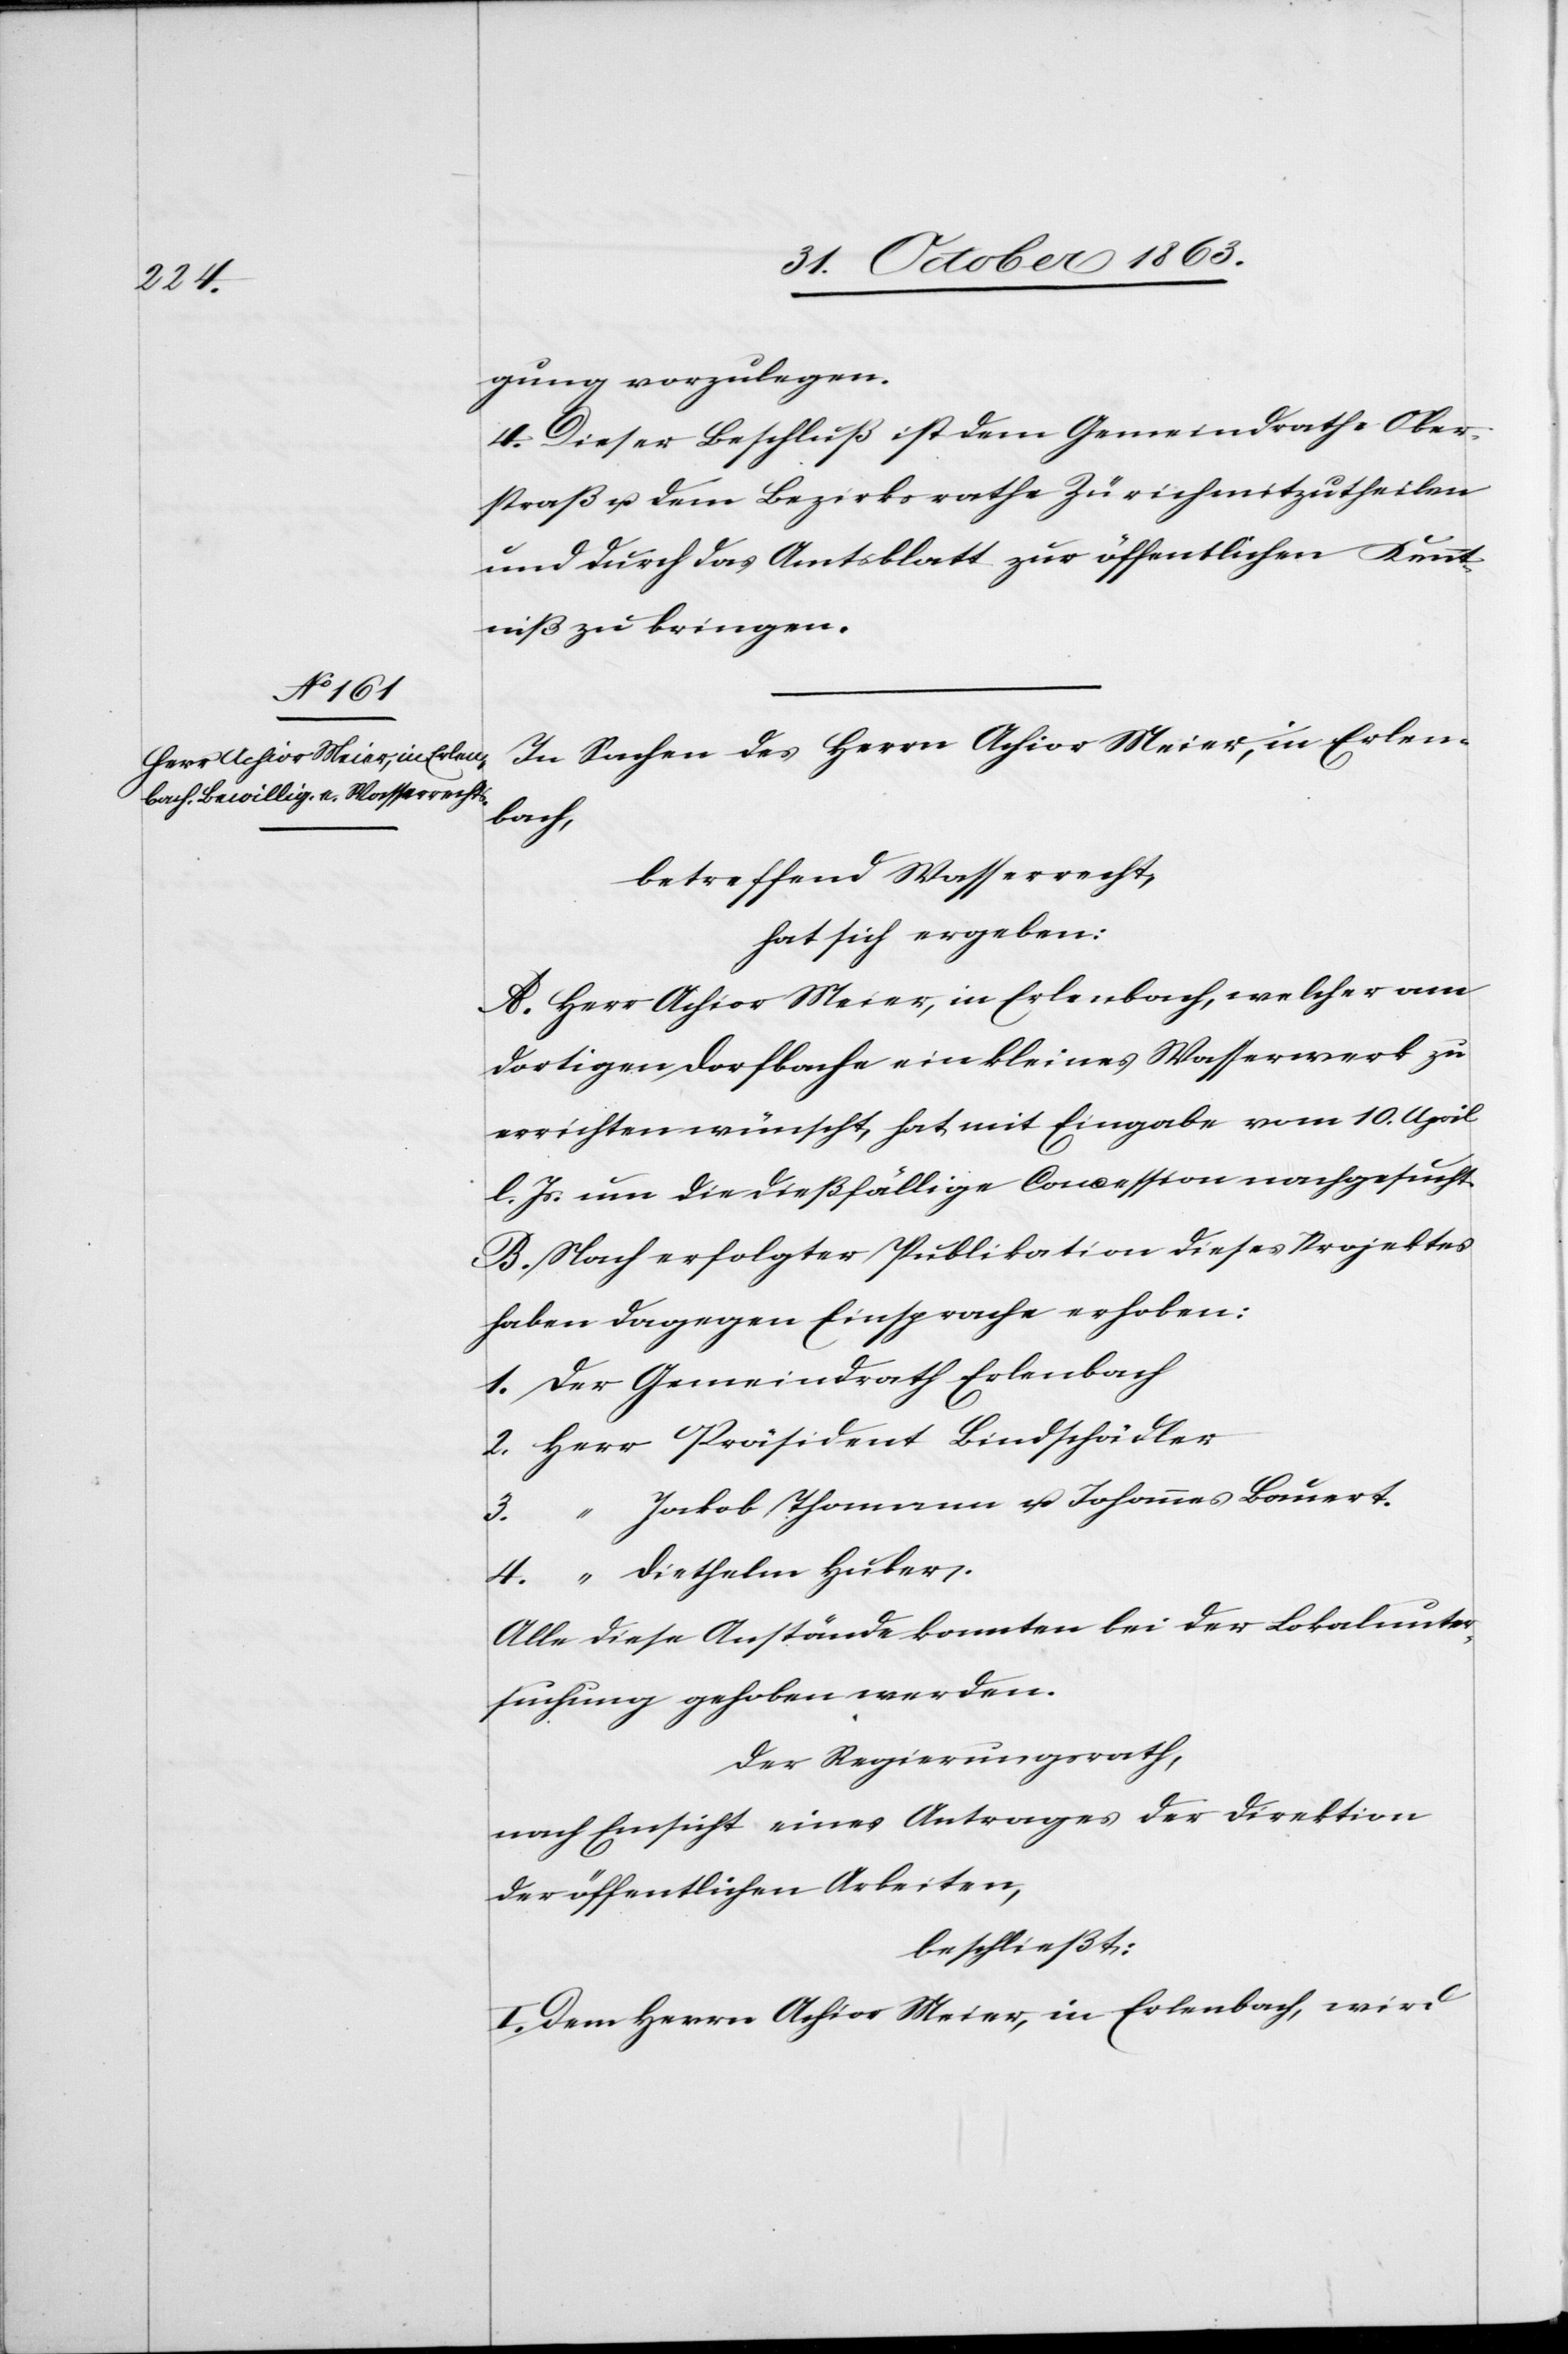
3.	“	J¬

gung vorzulegen.
4. Dieser Beschluß ist dem Gemeindrathe Ober¬
straß u. dem Bezirksrathe Zürich mitzutheilen
und durch das Amtsblatt zur öffentlichen Kennt¬
niß zu bringen.
In Sachen des Herrn Achior Meier, in Erlen¬
bach,
betreffend Wasserrecht,
hat sich ergeben:
A Herr Achior Meier, in Erlenbach, welcher am
dortigen Dorfbache ein kleines Wasserwerk zu
errichten wünscht, hat mit Eingabe vom 10. April
l. Js. um die dießfällige Concession nachgesucht.
B. Nach erfolgter Publikation dieses Projektes
haben dagegen Einsprache erhoben:
1. Der Gemeindrath Erlenbach
2. Herr Präsident Bindschädler
akob Thomann u. Johannes Bauert.
Alle diese Anstände konnten bei der Lokalunter¬
suchung gehoben werden.
Der Regierungsrath,
nach Einsicht eines Antrages der Direktion
der öffentlichen Arbeiten,
beschließt:
I. Dem Herrn Achior Meier, in Erlenbach, wird